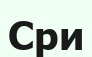
Сри